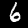
Label: 6